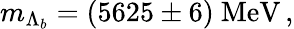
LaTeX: m_{\Lambda_{b}}=(5625\pm 6)~\mathrm{MeV}\, ,